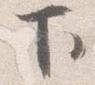
下